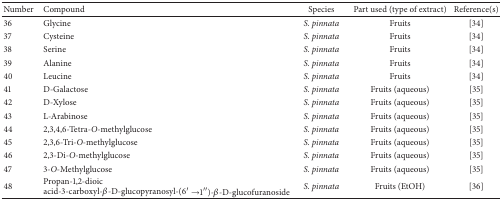
| Number | Compound | Species | Part used (type of extract) | Reference(s) |
 | --- | --- | --- | --- | --- |
 | 36 | Glycine | S. pinnata | Fruits | [34] |
 | 37 | Cysteine | S. pinnata | Fruits | [34] |
 | 38 | Serine | S. pinnata | Fruits | [34] |
 | 39 | Alanine | S. pinnata | Fruits | [34] |
 | 40 | Leucine | S. pinnata | Fruits | [34] |
 | 41 | D-Galactose | S. pinnata | Fruits (aqueous) | [35] |
 | 42 | D-Xylose | S. pinnata | Fruits (aqueous) | [35] |
 | 43 | L-Arabinose | S. pinnata | Fruits (aqueous) | [35] |
 | 44 | 2,3,4,6-Tetra-O-methylglucose | S. pinnata | Fruits (aqueous) | [35] |
 | 45 | 2,3,6-Tri-O-methylglucose | S. pinnata | Fruits (aqueous) | [35] |
 | 46 | 2,3-Di-O-methylglucose | S. pinnata | Fruits (aqueous) | [35] |
 | 47 | 3-O-Methylglucose | S. pinnata | Fruits (aqueous) | [35] |
 | 48 | Propan-1,2-dioic acid-3-carboxyl-β-D-glucopyranosyl-(6′→1′′)-β-D-glucofuranoside | S. pinnata | Fruits (EtOH) | [36] |